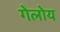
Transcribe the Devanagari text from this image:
गेलोय